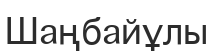
Шаңбайұлы